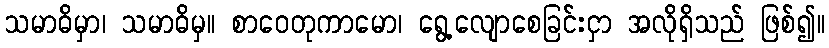
သမာဓိမှာ၊ သမာဓိမှ။ စာဝေတုကာမော၊ ရွေ့လျောစေခြင်းငှာ အလိုရှိသည် ဖြစ်၍။